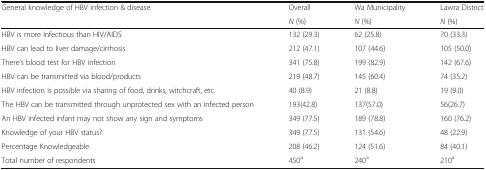
<table><thead><tr><td rowspan="2"><b>General knowledge of HBV infection &amp; disease</b></td><td><b>Overall</b></td><td><b>Wa Municipality</b></td><td><b>Lawra District</b></td></tr><tr><td><b><i>N</i> (%)</b></td><td><b><i>N</i> (%)</b></td><td><b><i>N</i> (%)</b></td></tr></thead><tbody><tr><td>HBV is more Infectious than HIV/AIDS</td><td>132 (29.3)</td><td>62 (25.8)</td><td>70 (33.3)</td></tr><tr><td>HBV can lead to liver damage/cirrhosis</td><td>212 (47.1)</td><td>107 (44.6)</td><td>105 (50.0)</td></tr><tr><td>There’s blood test for HBV infection</td><td>341 (75.8)</td><td>199 (82.9)</td><td>142 (67.6)</td></tr><tr><td>HBV can be transmitted via blood/products</td><td>219 (48.7)</td><td>145 (60.4)</td><td>74 (35.2)</td></tr><tr><td>HBV infection is possible via sharing of food, drinks, witchcraft, etc.</td><td>40 (8.9)</td><td>21 (8.8)</td><td>19 (9.0)</td></tr><tr><td>The HBV can be transmitted through unprotected sex with an infected person</td><td>193(42.8)</td><td>137(57.0)</td><td>56(26.7)</td></tr><tr><td>An HBV infected infant may not show any sign and symptoms</td><td>349 (77.5)</td><td>189 (78.8)</td><td>160 (76.2)</td></tr><tr><td>Knowledge of your HBV status?</td><td>349 (77.5)</td><td>131 (54.6)</td><td>48 (22.9)</td></tr><tr><td>Percentage Knowledgeable</td><td>208 (46.2)</td><td>124 (51.6)</td><td>84 (40.1)</td></tr><tr><td>Total number of respondents</td><td>450<sup>a</sup></td><td>240<sup>a</sup></td><td>210<sup>a</sup></td></tr></tbody></table>